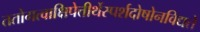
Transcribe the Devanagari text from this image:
ततोगत्वाक्षिपेत्तीर्थेस्पर्शदोषोनविद्यते